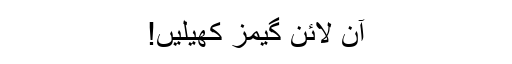
آن لائن گیمز کھیلیں!